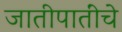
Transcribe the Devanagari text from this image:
जातीपातींचे